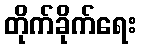
တိုက်ခိုက်ရေး